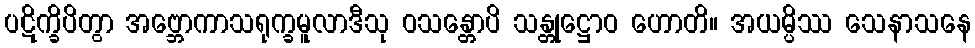
ပဋိက္ခိပိတွာ အဗ္ဘောကာသရုက္ခမူလာဒီသု ဝသန္တောပိ သန္တုဋ္ဌောဝ ဟောတိ။ အယမ္ပိဿ သေနာသနေ